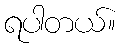
ရပါတယ်။